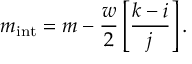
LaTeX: m _ { \mathrm { i n t } } = m - { \frac { w } { 2 } } \left[ { \frac { k - i } { j } } \right] .